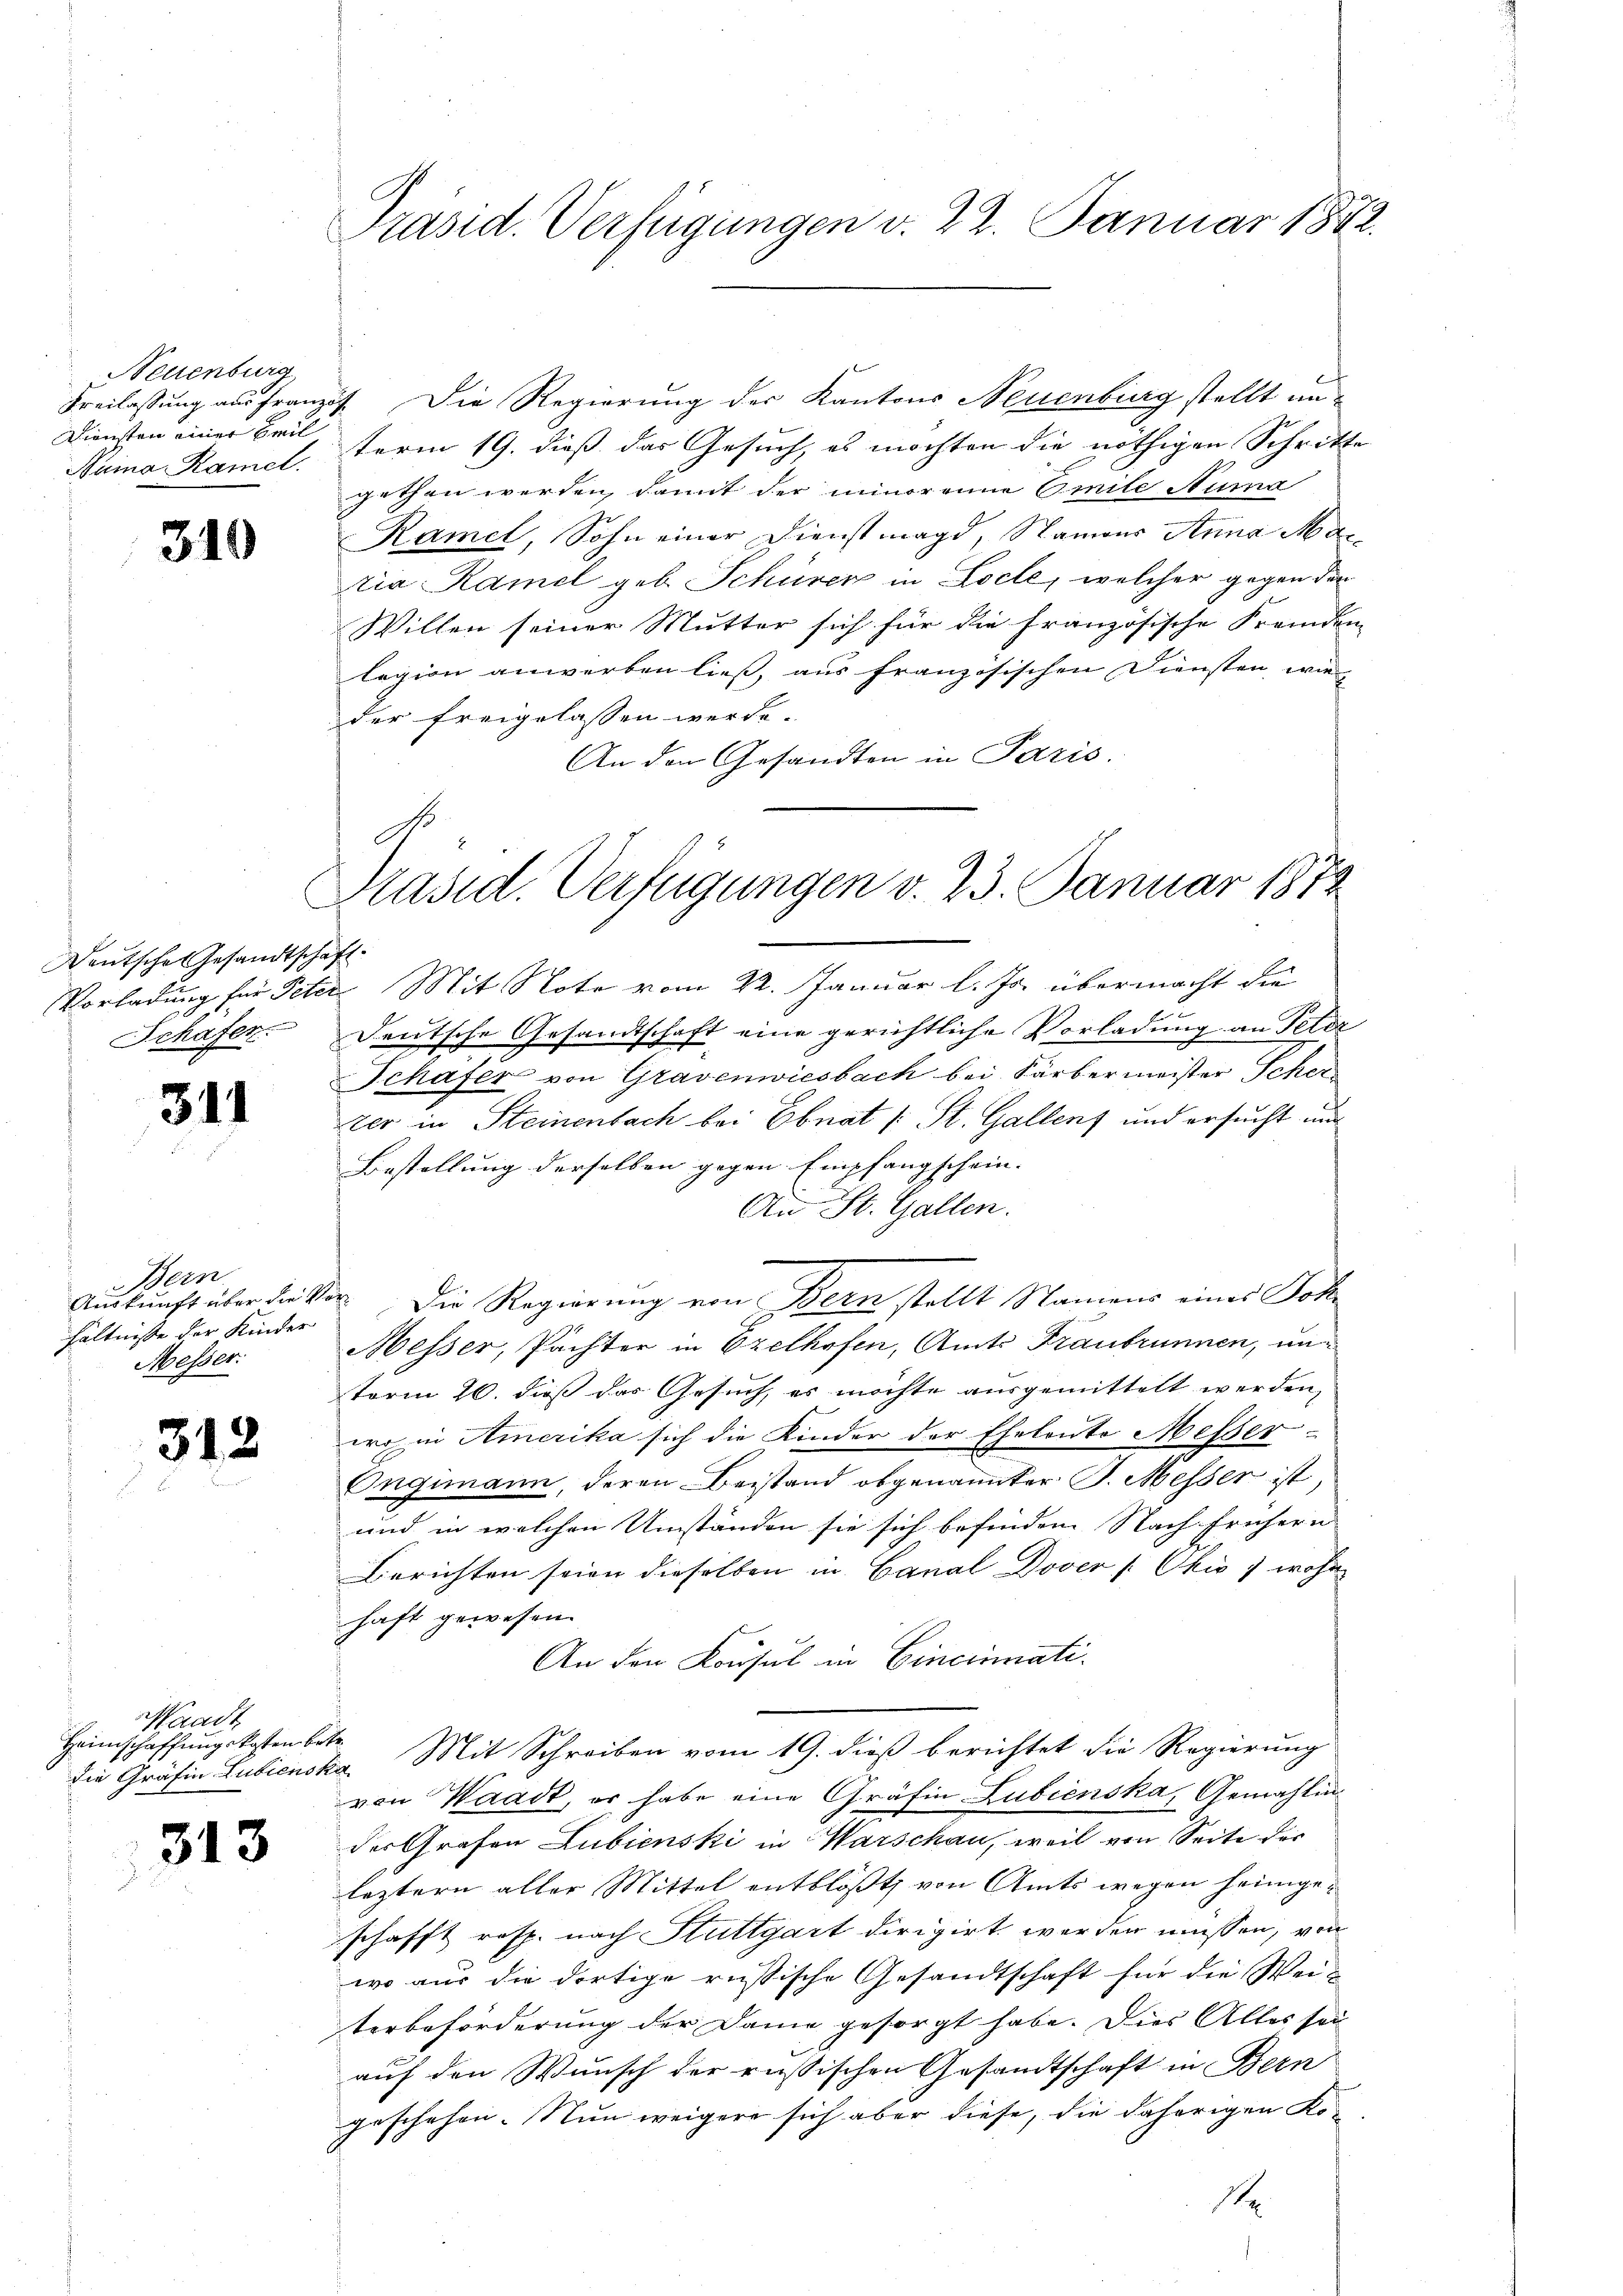
Neuenburg
Freilassung aus Franz
Diensten einer Zeil
Nama Ramel.

319

Deutsche Gesandtscha
Vorladung für Pete
Schafen.

311

Bern
Auskunft über die V
hältnisse der Kinder
Messer.

312

Waadt
Heimschaffungskosten be¬

313

Präsid. Verfügungen d. 22. Januar 1872.

Die Regierung der Kantons Neuenburg stellt una
term 19. dieß das Gesuch, es möchten die nöthigen Schritte
gethan werden, damit der minorenne Emile Suma
Ramel, Sohn einer Dienstmagd, Namer Anna Mar
tia Ramel geb. Schüren in Locle, welcher gegen den
Willen seiner Mutter sich für die französische Fremden
lagion anwerben ließ, aus französischen Diensten, wie
der freigelassen werde.
An den Gesandten in Paris.
.
2. Mit Note vom 22. Januar l. Js. übermacht die
Deutsche Gesandtschaft eine gerichtliche Vorladung an Peter
Schafer von Gravenwiesbach bei Färbermeister Scher
vter in Steinenbach bei Ebnat (: St. Gallen und ersucht und
Bestellung derselben gegen Empfangschein. |
An St. Gallen.
der. Die Regierung von Bern stellt Namens eines Joh¬
Messer, Pächter in Ozelhofen, Amts Franbrunnen, un-
term 26. dieß das Gesuch, es möchte ausgemittelt werden,
wo in Amerika sich die Kinder der Eheleute Messer-
Engimann, deren Beistand obgenannter J. Messer ist,
und in welchen Umständen sie sich befinden Nach frühern
Berichten seien dieselben in Canal Dover /: Okis 7 wohn
haft gewesen.
An den Konsul in Cincinati¬
2
die Gräfin Lubienska. Mit Schreiben vom 19. dieß berichtet die Regierung
von Waadt, er habe eine Gräfin Lubienska, Gemahlin
der Grafen Lubienski in Warschau, weil von Seite der
leztern aller Mittel entblösst, von Amts wegen heimgeschafft resp. nach Stuttgart dirigirt werden müssen, von
wo aus die dortige russische Gesandtschaft für die Weiterbeförderung der Dame gesorgt habe. Dies Alles sei
auf den Wunsch der russischen Gesandtschaft in Bern
geschehen. Nun weigere sich aber diese, die daherigen Ko-
1

S.
Präsid. Verfügungen v. 23. Januar 1872